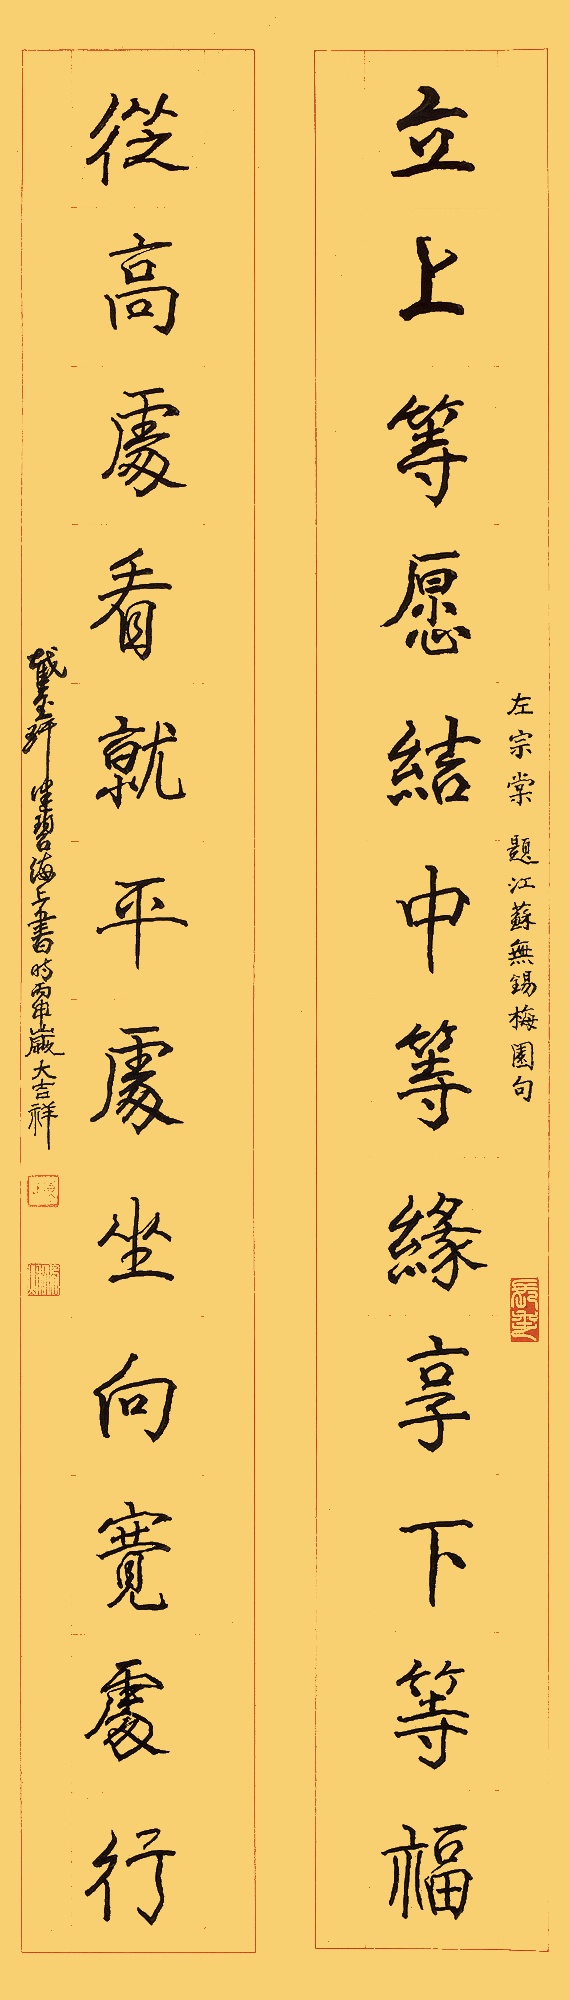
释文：立上等愿，结中等缘，享下等福；从高处看，就平处坐，向宽处行。左宗棠题江苏无锡梅园句。截玉轩健碧海上书。时丙申岁大吉祥。